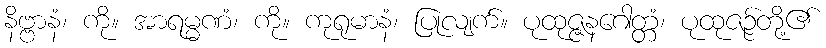
နိဗ္ဗာနံ၊ ကို။ အာရမ္မဏံ၊ ကို။ ကုရုမာနံ၊ ပြုလျက်။ ပုထုဇ္ဇနဂေါတ္တံ၊ ပုထုဇဉ်တို့၏